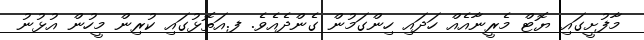
މާފުށީގައި ޔޮޓް މެރީނާއެއް ހަދައި ހިންގަމުން ގެންދެއެވެ. ފ.އަތޮޅުގައި ކުރިން މީހުން އުޅުނު